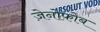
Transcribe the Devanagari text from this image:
ज़ेनोफोब